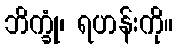
ဘိက္ခုံ၊ ရဟန်းကို။